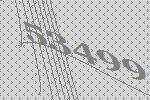
53499